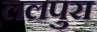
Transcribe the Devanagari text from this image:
ललपुरा